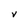
Character: V